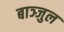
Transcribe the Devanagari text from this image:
बाञ्जुल